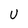
Character: U